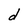
Character: d